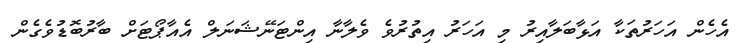
އެހެން އަހަރުތަކާ އަޅާބަލާއިރު މި އަހަރު އިތުރުވެ ވެލާނާ އިންޓަނޭޝަނަލް އެއާޕޯޓަށް ބާރުބޮޑުވެގެން